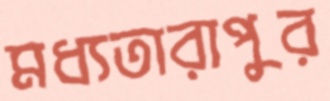
মধ্যতারাপুর